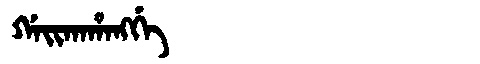
Manchu: ᡤᠠᡳᡴᠠᡥᠠᠩᡤᡝ
Romanization: GAIKAHANGGE